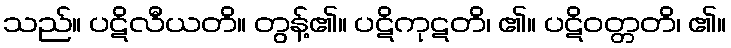
သည်။ ပဋိလီယတိ။ တွန့်၏။ ပဋိကုဋတိ၊ ၏။ ပဋိဝတ္တတိ၊ ၏။